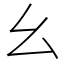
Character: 幺